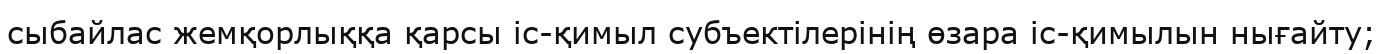
сыбайлас жемқорлыққа қарсы іс-қимыл субъектілерінің өзара іс-қимылын нығайту;